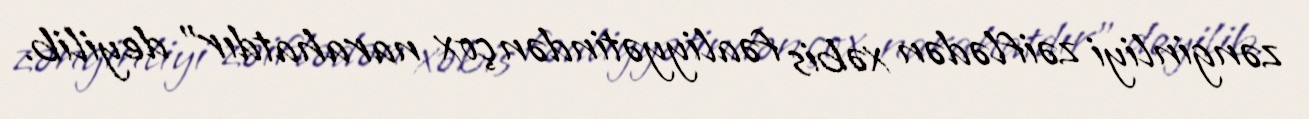
zənginliyi zəiflədən xəbis fəaliyyətindən çox narahatdır" deyilib.